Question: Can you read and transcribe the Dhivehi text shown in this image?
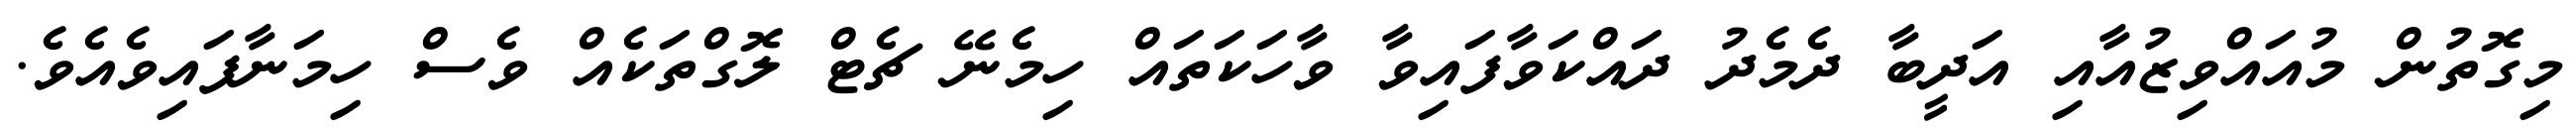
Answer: މިގޮތުން މުއައްވިޒުއާއި އަދީބާ ދެމެދު ދައްކަވާފައިވާ ވާހަކަތައް ހިމެނޭ ޗެޓް ލޮގްތަކެއް ވެސް ހިމަނާފައިވެއެވެ.